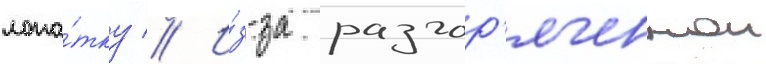
лопа́тку // И́з-за разгор'яченнои